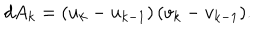
d A _ { k } = ( u _ { k } - u _ { k - 1 } ) \, ( v _ { k } - v _ { k - 1 } ) .